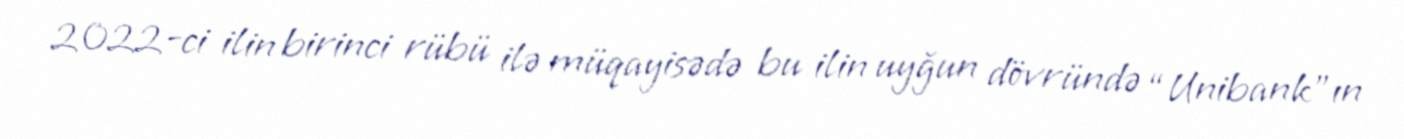
2022-ci ilin birinci rübü ilə müqayisədə bu ilin uyğun dövründə “Unibank”ın